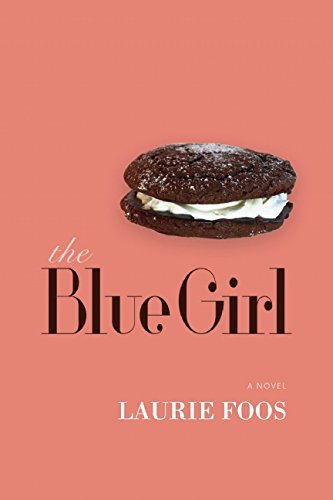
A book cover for The Blue Girl; Laurie Foos; Science Fiction & Fantasy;